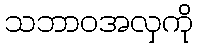
သဘာဝအလှကို